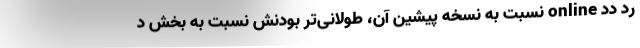
رد دد online نسبت به نسخه پیشین آن، طولانی‌تر بودنش نسبت به بخش د